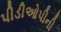
પીડીઓપીની